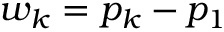
\boldsymbol { w _ { k } } = \boldsymbol { p _ { k } } - \boldsymbol { p _ { 1 } }